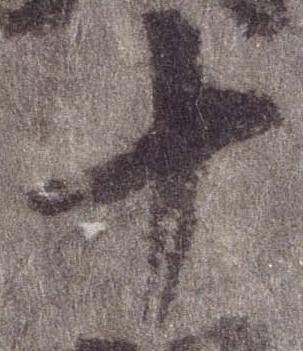
十